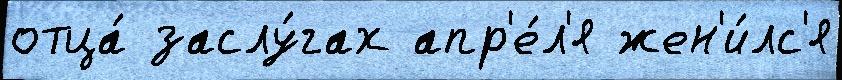
отца́ заслу́гах апр'е́л'я жен'и́лс'я